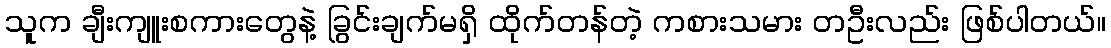
သူက ချီးကျူးစကားတွေနဲ့ ခြွင်းချက်မရှိ ထိုက်တန်တဲ့ ကစားသမား တဦးလည်း ဖြစ်ပါတယ်။